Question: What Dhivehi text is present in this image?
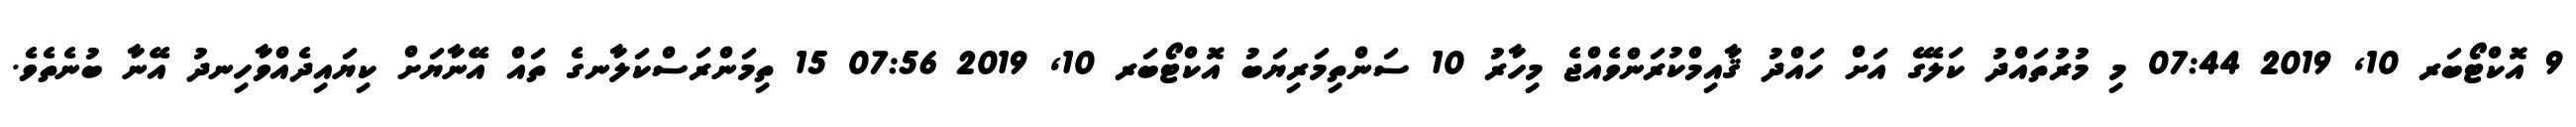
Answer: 9 އޮކްޓޯބަރ 10, 2019 07:44 މި މުރުތައްދު ކަލޭގެ އަށް ހައްދު ޤާއިމްކުރަންވެއްޖެ މިހާރު 10 ސަންތިމަރިޔަބު އޮކްޓޯބަރ 10, 2019 07:56 15 ތިމަންރަސްކަލާނގެ ތައް އޭނާޔަށް ކިޔައިދެއްވާހިނދު އޭނާ ބުނެތެވެ.